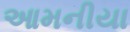
આમનીયા